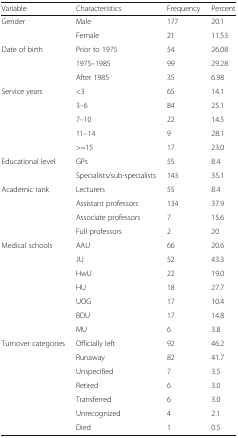
| Variable | Characteristics | Frequency | Percent |
 | --- | --- | --- | --- |
 | <ROWSPAN=2> Gender | Male | 177 | 20.1 |
 | Female | 21 | 11.53 |
 | <ROWSPAN=3> Date of birth | Prior to 1975 | 54 | 26.08 |
 | 1975–1985 | 99 | 29.28 |
 | After 1985 | 35 | 6.98 |
 | <ROWSPAN=5> Service years | <3 | 65 | 14.1 |
 | 3–6 | 84 | 25.1 |
 | 7–10 | 22 | 14.5 |
 | 11–14 | 9 | 28.1 |
 | >=15 | 17 | 23.0 |
 | <ROWSPAN=2> Educational level | GPs | 55 | 8.4 |
 | Specialists/sub-specialists | 143 | 35.1 |
 | <ROWSPAN=4> Academic rank | Lecturers | 55 | 8.4 |
 | Assistant professors | 134 | 37.9 |
 | Associate professors | 7 | 15.6 |
 | Full professors | 2 | 20 |
 | <ROWSPAN=7> Medical schools | AAU | 66 | 20.6 |
 | JU | 52 | 43.3 |
 | HwU | 22 | 19.0 |
 | HU | 18 | 27.7 |
 | UOG | 17 | 10.4 |
 | BDU | 17 | 14.8 |
 | MU | 6 | 3.8 |
 | <ROWSPAN=7> Turnover categories | Officially left | 92 | 46.2 |
 | Runaway | 82 | 41.7 |
 | Unspecified | 7 | 3.5 |
 | Retired | 6 | 3.0 |
 | Transferred | 6 | 3.0 |
 | Unrecognized | 4 | 2.1 |
 | Died | 1 | 0.5 |